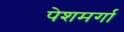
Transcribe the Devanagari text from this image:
पेशमर्गा